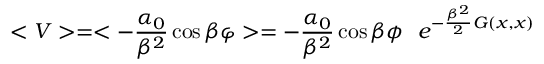
< V > = < - { \frac { \alpha _ { 0 } } { \beta ^ { 2 } } } \cos \beta \varphi > = - { \frac { \alpha _ { 0 } } { \beta ^ { 2 } } } \cos \beta \phi ~ ~ e ^ { - { \frac { \beta ^ { 2 } } { 2 } } G ( x , x ) }